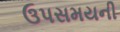
ઉપસમયની